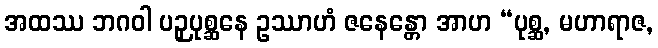
အထဿ ဘဂဝါ ပဉှပုစ္ဆနေ ဥဿာဟံ ဇနေန္တော အာဟ “ပုစ္ဆ, မဟာရာဇ,